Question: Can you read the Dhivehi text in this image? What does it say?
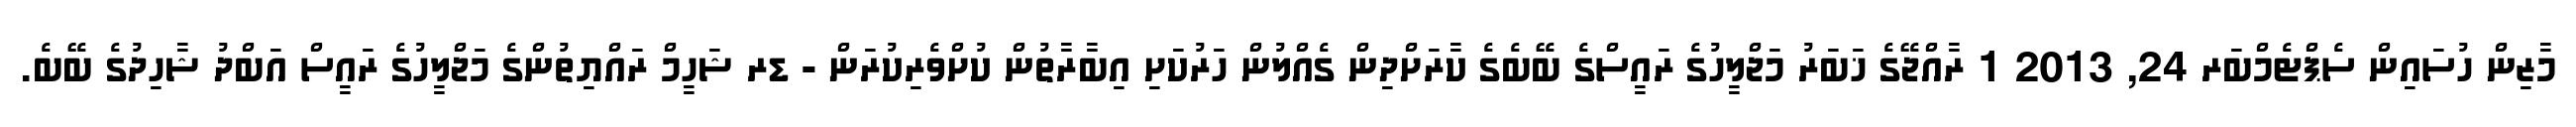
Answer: މާޒިން ހުސައިން ސެޕްޓެމްބަރ 24, 2013 1 ރާއްޖޭގެ ޚަބަރު މަޖްލީހުގެ ރައީސްގެ ބޭބެގެ ކާރަށްދިން ގެއްލުން ހަރުކަށި އިބާރާތުން ކުށްވެރިކުރަން - ޑރ ޝަހީމް ރައްޔިތުންގެ މަޖްލީހުގެ ރައީސް އަބްދު ޝާހިދުގެ ބޭބެ.